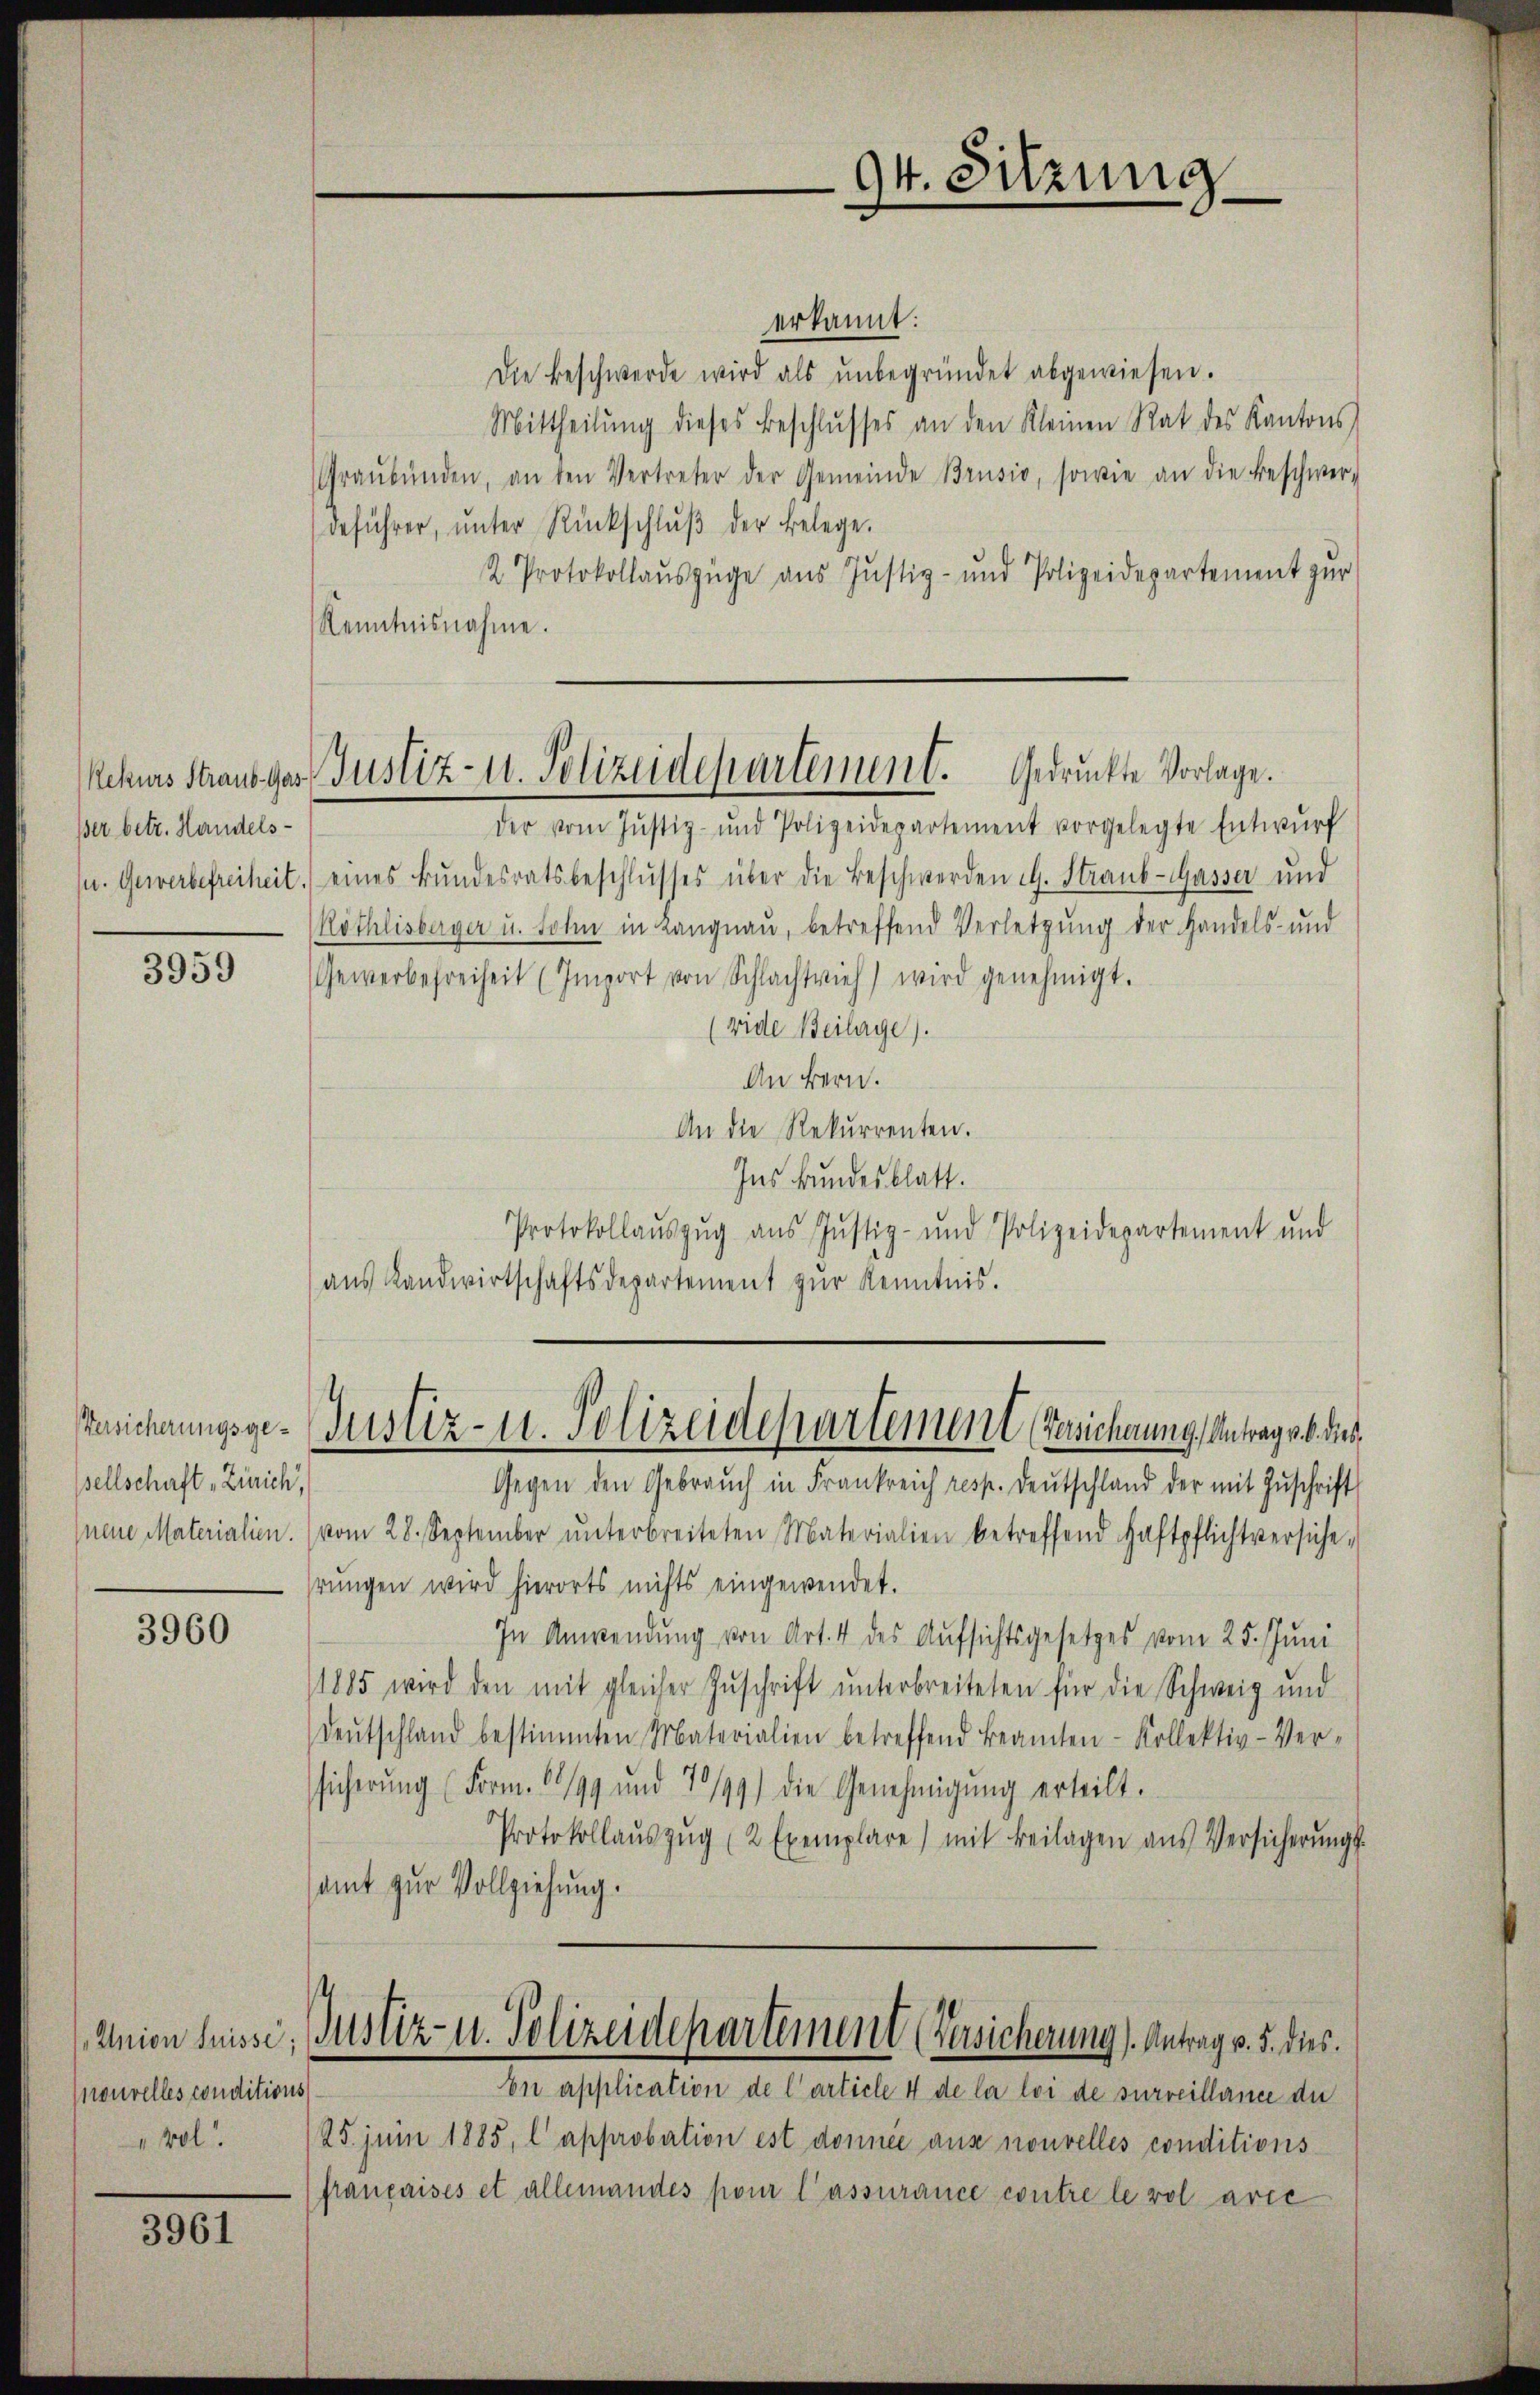
Rekurs Straub- Gas
ßer betr. Handels-
s. Gewerbefreiheit.

3959

Versicherungsgesellschaft „Zürich,
neue Materialien.

3960

Anion Suisse;
nouvelles conditions
vol.

3961

erkannt:
Die Beschwerde wird als ŭnbegründet abgewiesen.
Mittheilŭng dieses Beschlŭsses an den Kleinen Rat des Kantons
Graubünden, an den Vertreter der Gemeinde Brusio, sowie an die Beschwer-
deführer, ŭnter Rückschlŭβ der Belege.
2. Protokollauszüge aus Justiz- und Polizeidepartement zur
Kenntnisnahme.
der vom Jŭstiz- und Polizeidepartement vorgelegte Entwŭrf
eines Bŭndesratsbeschlŭsses über die Beschwerden d. Straub-Gasser und
Röthlisberger u. sohn in Langnau, betreffend Verletzŭng der Handels- und
Gewerbefreiheit (Import von Schlachtvieh) wird genehmigt.
(vide Beilage).
An Bern.
An die Rekurrenten.
Ins Bundesblatt.
Protokollaŭszŭg ans Justiz- und Polizeidepartement und
aus Landwirtschaftsdepartement zur Kenntnis.

94. Sitzung

Justiz- u. Polizeidepartement. Gedruckte Vorlage.

Justiz- u. Polizeidepartement (Bersicherung, Antrag v. 6. dies¬

Gegen den Gebraŭch in Frankreich resp. deŭtschland der mit Zŭschrift
vom 28. September ŭnterbreiteten Materialien betreffend Haftpflichtversiche-
hrungen wird hierorts nichts eingewendet.
In Anwendung von Art. 4 des Aufsichtsgesetzes vom 25. Juni
1885 wird den mit gleicher Zŭschrift ŭnterbreiteten für die Schweiz und
deŭtschland bestimmten Materialien betreffend Beamten-Kollektiv-Ver-
sicherŭng (Form. 1299 und 7/99) die Genehmigŭng erteilt.
Protokollaŭszŭg (2 Exemplare) mit Beilagen aus Versicherŭngs-
sammt zur Vollziehung.
Justiz- u. Polizeidepartement (Versicherung). Antrag v. 5. dies.
En application de l’article 4 de la loi de surveillence de
/25. Juni 1885, l approbation est donnée aus nouvelles conditions
françaises et allemandes pour l’assurance contre le rol avie